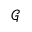
\mathcal { G }